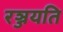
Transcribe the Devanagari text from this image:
रञ्जयति